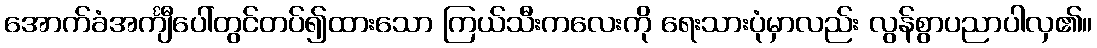
အောက်ခံအင်္ကျီပေါ်တွင်တပ်၍ထားသော ကြယ်သီးကလေးကို ရေးသားပုံမှာလည်း လွန်စွာပညာပါလှ၏။